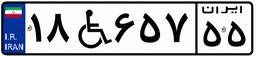
۱۸W۶۵۷۵۵